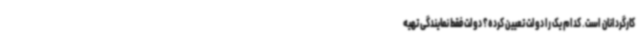
کارگردانان است. کدام یک را دولت تعیین کرده؟ دولت فقط نمایندگی تهیه